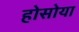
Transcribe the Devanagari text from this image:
होसोया